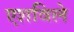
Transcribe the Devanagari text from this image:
एशविले